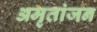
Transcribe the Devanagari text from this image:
अमृतांजन